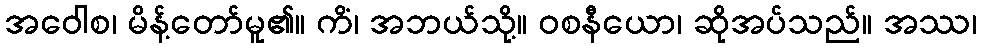
အဝေါစ၊ မိန့်တော်မူ၏။ ကိံ၊ အဘယ်သို့။ ဝစနီယော၊ ဆိုအပ်သည်။ အဿ၊